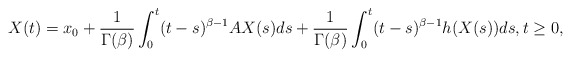
\begin{align*} X(t)=x_0+\frac{1}{\Gamma(\beta)} \int_0^t (t-s)^{\beta-1} A X(s) ds + \frac{1}{\Gamma(\beta)} \int_0^t (t-s)^{\beta-1} h(X(s)) ds,t\ge 0,\end{align*}